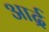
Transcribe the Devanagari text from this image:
आर्द्र